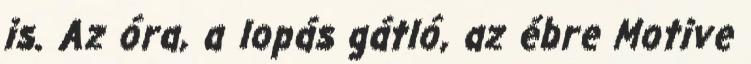
is. Az óra, a lopás gátló, az ébre Motive